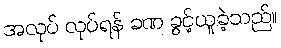
အလုပ် လုပ်ရန် ခဏ ခွင့်ယူခဲ့သည်။